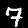
Digit: 7